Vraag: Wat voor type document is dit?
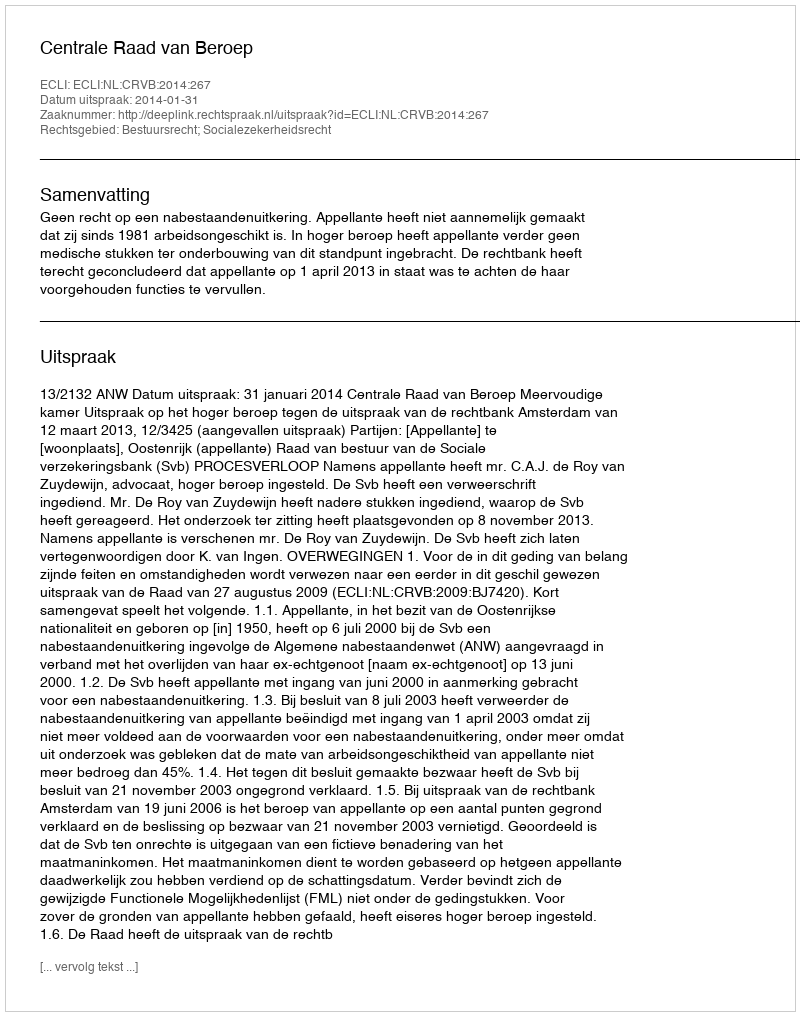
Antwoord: Uitspraak